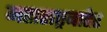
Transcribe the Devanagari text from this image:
महाराष्ट्रबाहेर